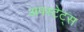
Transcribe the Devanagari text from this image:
अपस्टेट्स